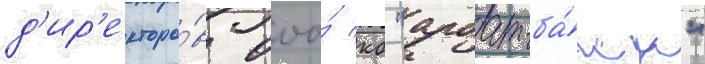
д'ир'екторо́в ооо́ кб "арбат-ба́нк"